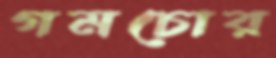
গমচোর